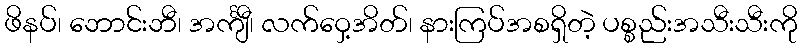
ဖိနပ်၊ ဘောင်းဘီ၊ အင်္ကျီ၊ လက်ဝှေ့အိတ်၊ နားကြပ်အစရှိတဲ့ ပစ္စည်းအသီးသီးကို